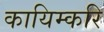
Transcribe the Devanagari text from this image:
कायिम्करि